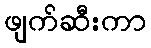
ဖျက်ဆီးကာ